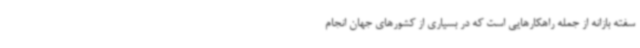
سفته بازانه از جمله راهکارهایی است که در بسیاری از کشورهای جهان انجام